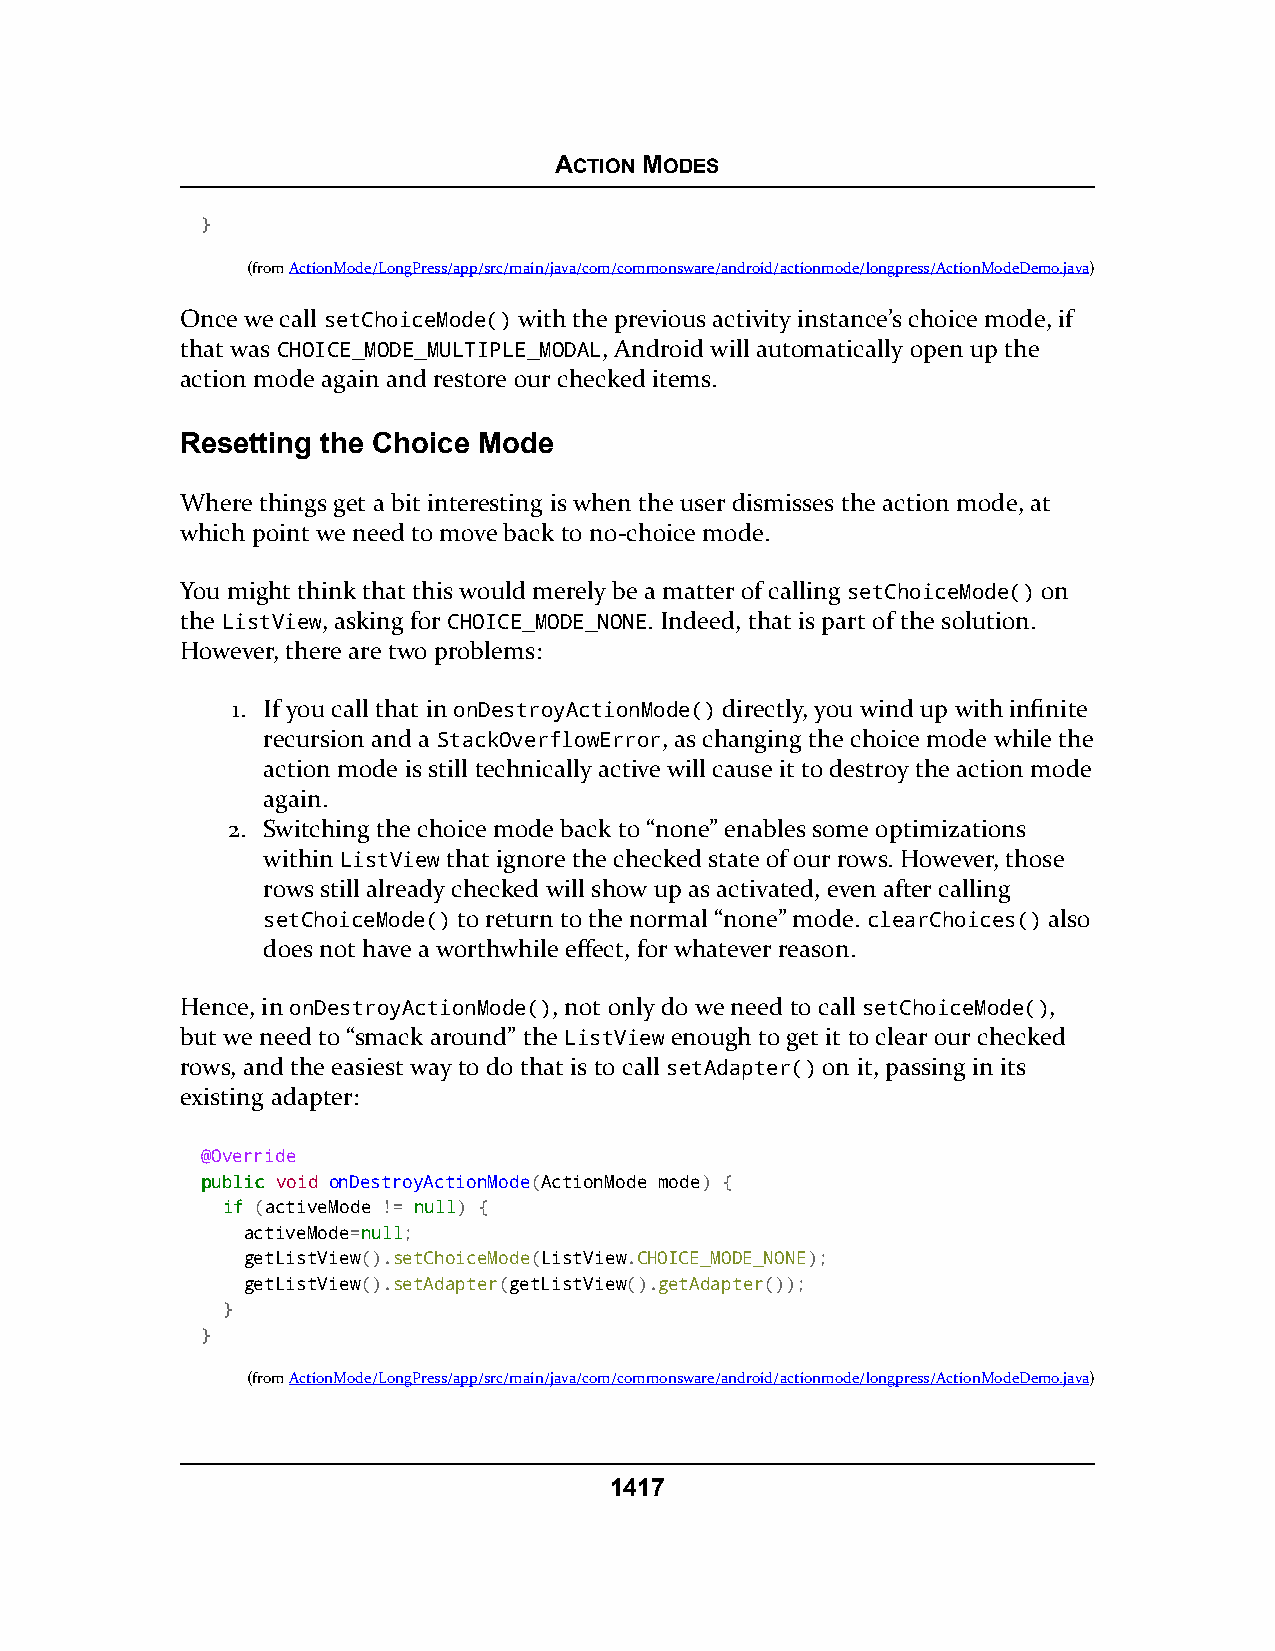
ACTION MODES
 }
 (fromActionMode/LongPress/app/src/main/java/com/commonsware/android/actionmode/longpress/ActionModeDemo.java)
 Once we call setChoiceMode() with the previous activity instance’s choice mode, if
 that was CHOICE_MODE_MULTIPLE_MODAL, Android will automatically open up the
 action mode again and restore our checked items.
 Resetting the Choice Mode
 Where things get a bit interesting is when the user dismisses the action mode, at
 which point we need to move back to no-choice mode.
 You might think that this would merely be a matter of calling setChoiceMode() on
 the ListView, asking for CHOICE_MODE_NONE. Indeed, that is part of the solution.
 However, there are two problems:
 1. If you call that in onDestroyActionMode() directly, you wind up with infinite
 recursion and a StackOverflowError, as changing the choice mode while the
 action mode is still technically active will cause it to destroy the action mode
 again.
 2. Switching the choice mode back to “none” enables some optimizations
 within ListView that ignore the checked state of our rows. However, those
 rows still already checked will show up as activated, even after calling
 setChoiceMode() to return to the normal “none” mode. clearChoices() also
 does not have a worthwhile effect, for whatever reason.
 Hence, in onDestroyActionMode(), not only do we need to call setChoiceMode(),
 but we need to “smack around” the ListView enough to get it to clear our checked
 rows, and the easiest way to do that is to call setAdapter() on it, passing in its
 existing adapter:
 @Override
 ppuubblliicc void onDestroyActionMode(ActionMode mode) {
 iiff (activeMode != nnuullll) {
 activeMode=nnuullll;
 getListView().setChoiceMode(ListView.CHOICE_MODE_NONE);
 getListView().setAdapter(getListView().getAdapter());
 }
 }
 (fromActionMode/LongPress/app/src/main/java/com/commonsware/android/actionmode/longpress/ActionModeDemo.java)
 1417